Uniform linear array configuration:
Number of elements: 64
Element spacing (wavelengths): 1
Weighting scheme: binomial
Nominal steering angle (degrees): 15
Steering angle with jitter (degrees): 14.518
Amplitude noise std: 0.05
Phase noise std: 0.05

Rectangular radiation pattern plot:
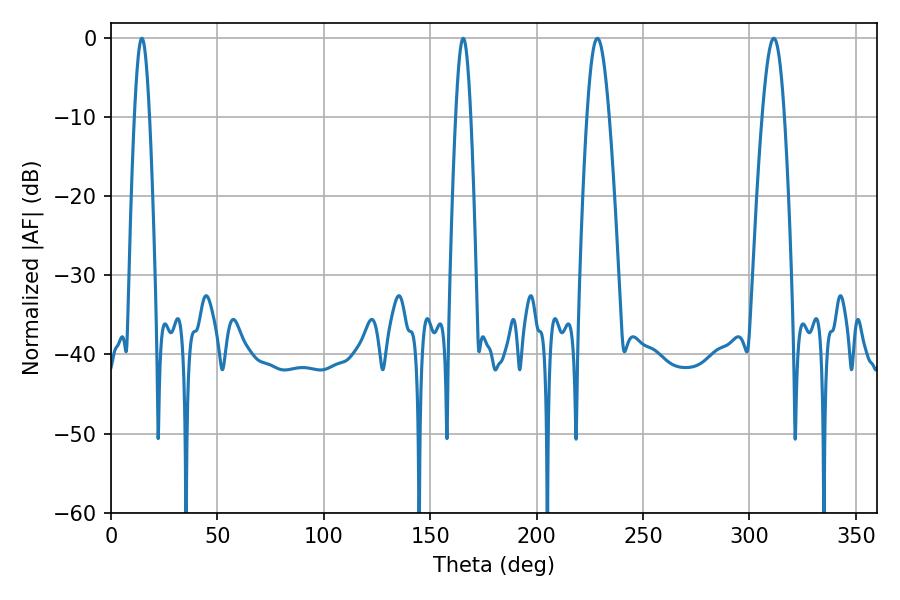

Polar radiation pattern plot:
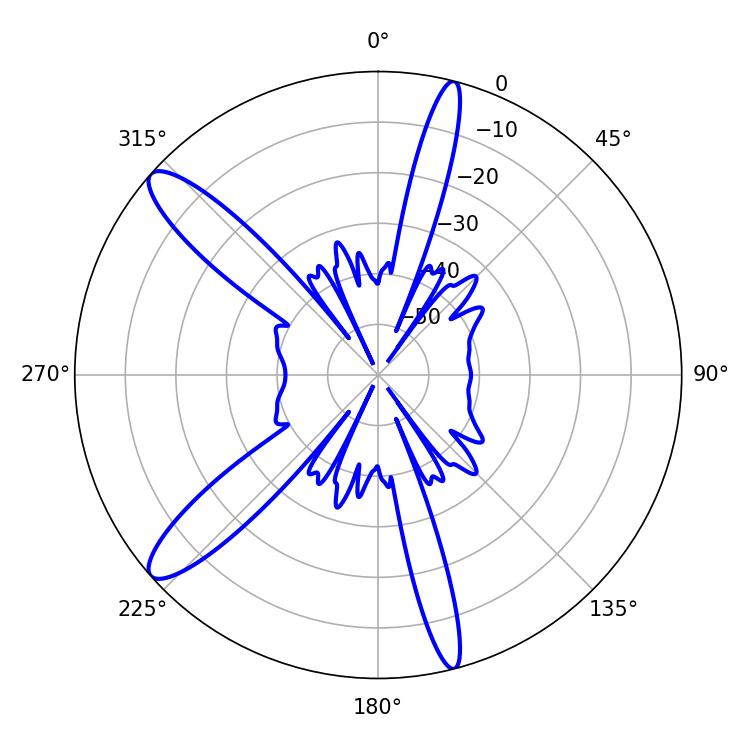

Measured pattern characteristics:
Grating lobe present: TRUE
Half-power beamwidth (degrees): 5.58
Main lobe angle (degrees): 228.6